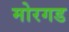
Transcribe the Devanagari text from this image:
मोरगड